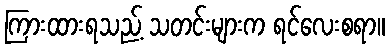
ကြားထားရသည့် သတင်းများက ရင်လေးစရာ။